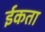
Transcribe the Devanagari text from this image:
ईकता